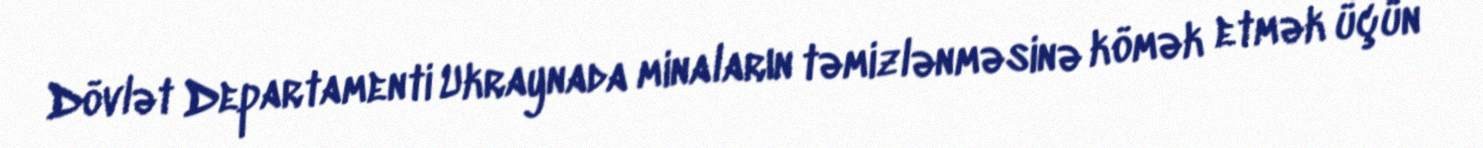
Dövlət Departamenti Ukraynada minaların təmizlənməsinə kömək etmək üçün